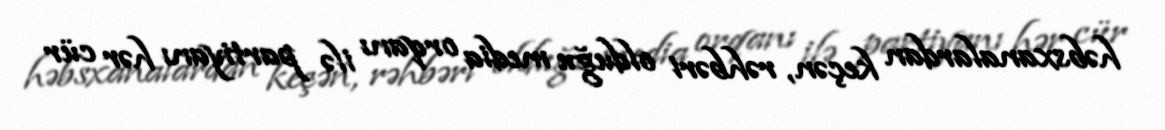
həbsxanalardan keçən, rəhbəri olduğu media orqanı ilə partiyanı hər cür